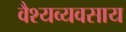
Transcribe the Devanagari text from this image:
वैश्यव्यवसाय